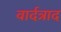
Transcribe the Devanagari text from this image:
वार्दत्राद